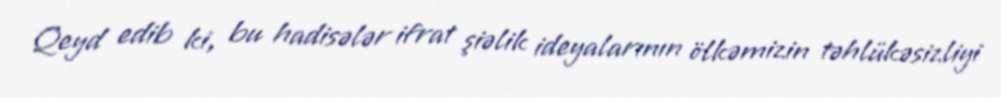
Qeyd edib ki, bu hadisələr ifrat şiəlik ideyalarının ölkəmizin təhlükəsizliyi